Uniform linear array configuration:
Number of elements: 48
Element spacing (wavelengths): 0.25
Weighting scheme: uniform
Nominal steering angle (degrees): -45
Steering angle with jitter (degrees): -46.505
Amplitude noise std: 0.05
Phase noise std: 0.05

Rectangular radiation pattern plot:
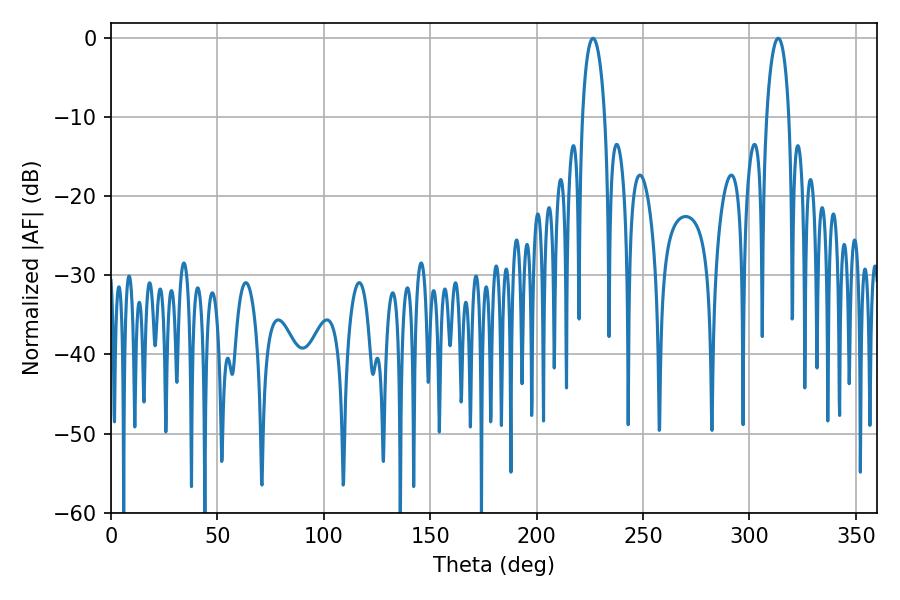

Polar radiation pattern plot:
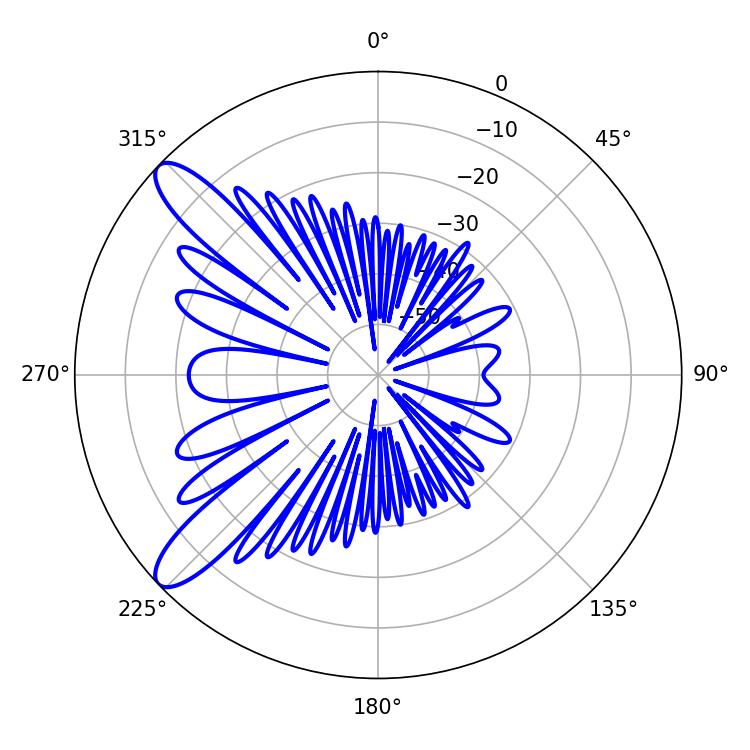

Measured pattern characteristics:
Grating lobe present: FALSE
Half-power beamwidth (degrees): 5.94
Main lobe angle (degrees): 313.56